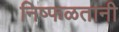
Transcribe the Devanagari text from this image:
निष्फळतानी